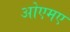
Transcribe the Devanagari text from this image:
ओएमए